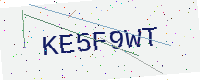
Text: KE5F9WT